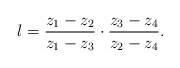
\begin{align*}\l={z_1-z_2\over z_1-z_3}\cdot{z_3-z_4\over z_2-z_4}. \end{align*}